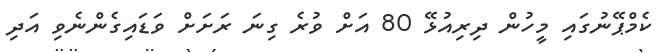
ކެމްޕޭނުގައި މީހުން ދިރިއުޅޭ 80 އަށް ވުރެ ގިނަ ރަށަށް ވަޑައިގެންނެވި އަދި